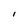
Character: i